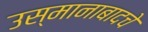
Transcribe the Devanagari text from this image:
उस्मानाबादचे